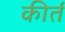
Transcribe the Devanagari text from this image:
कीर्त